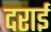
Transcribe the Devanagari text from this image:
दराई